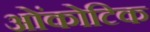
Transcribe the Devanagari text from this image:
ओंकोटिक